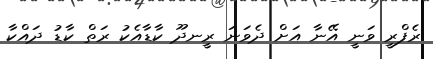
ރެފްރީ ވަނީ އޭނާ އަށް ދެވަނަ ރީނދޫ ކާޑާއެކު ރަތް ކާޑު ދައްކާ